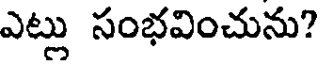
ఎట్లు సంభవించును?